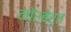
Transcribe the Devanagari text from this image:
नोरबेर्त